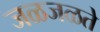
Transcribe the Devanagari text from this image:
जळजळते